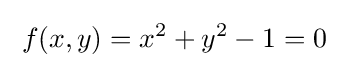
\;f(x,y)=x^{2}+y^{2}-1=0\;